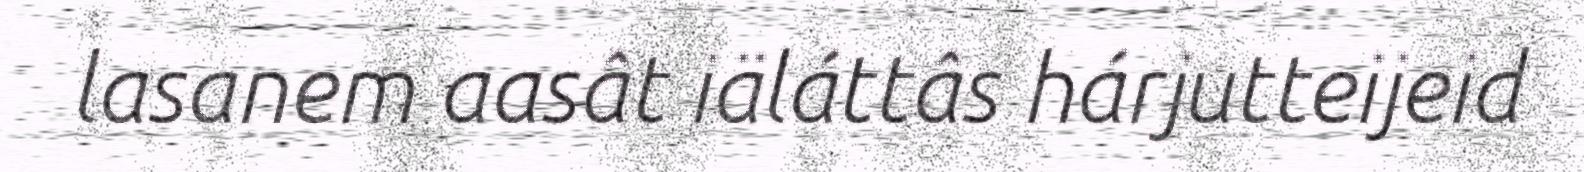
lasanem aasât iäláttâs hárjutteijeid